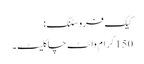
کیک فروسٹنگ:
150 گرام وائٹ چاکلیٹ۔